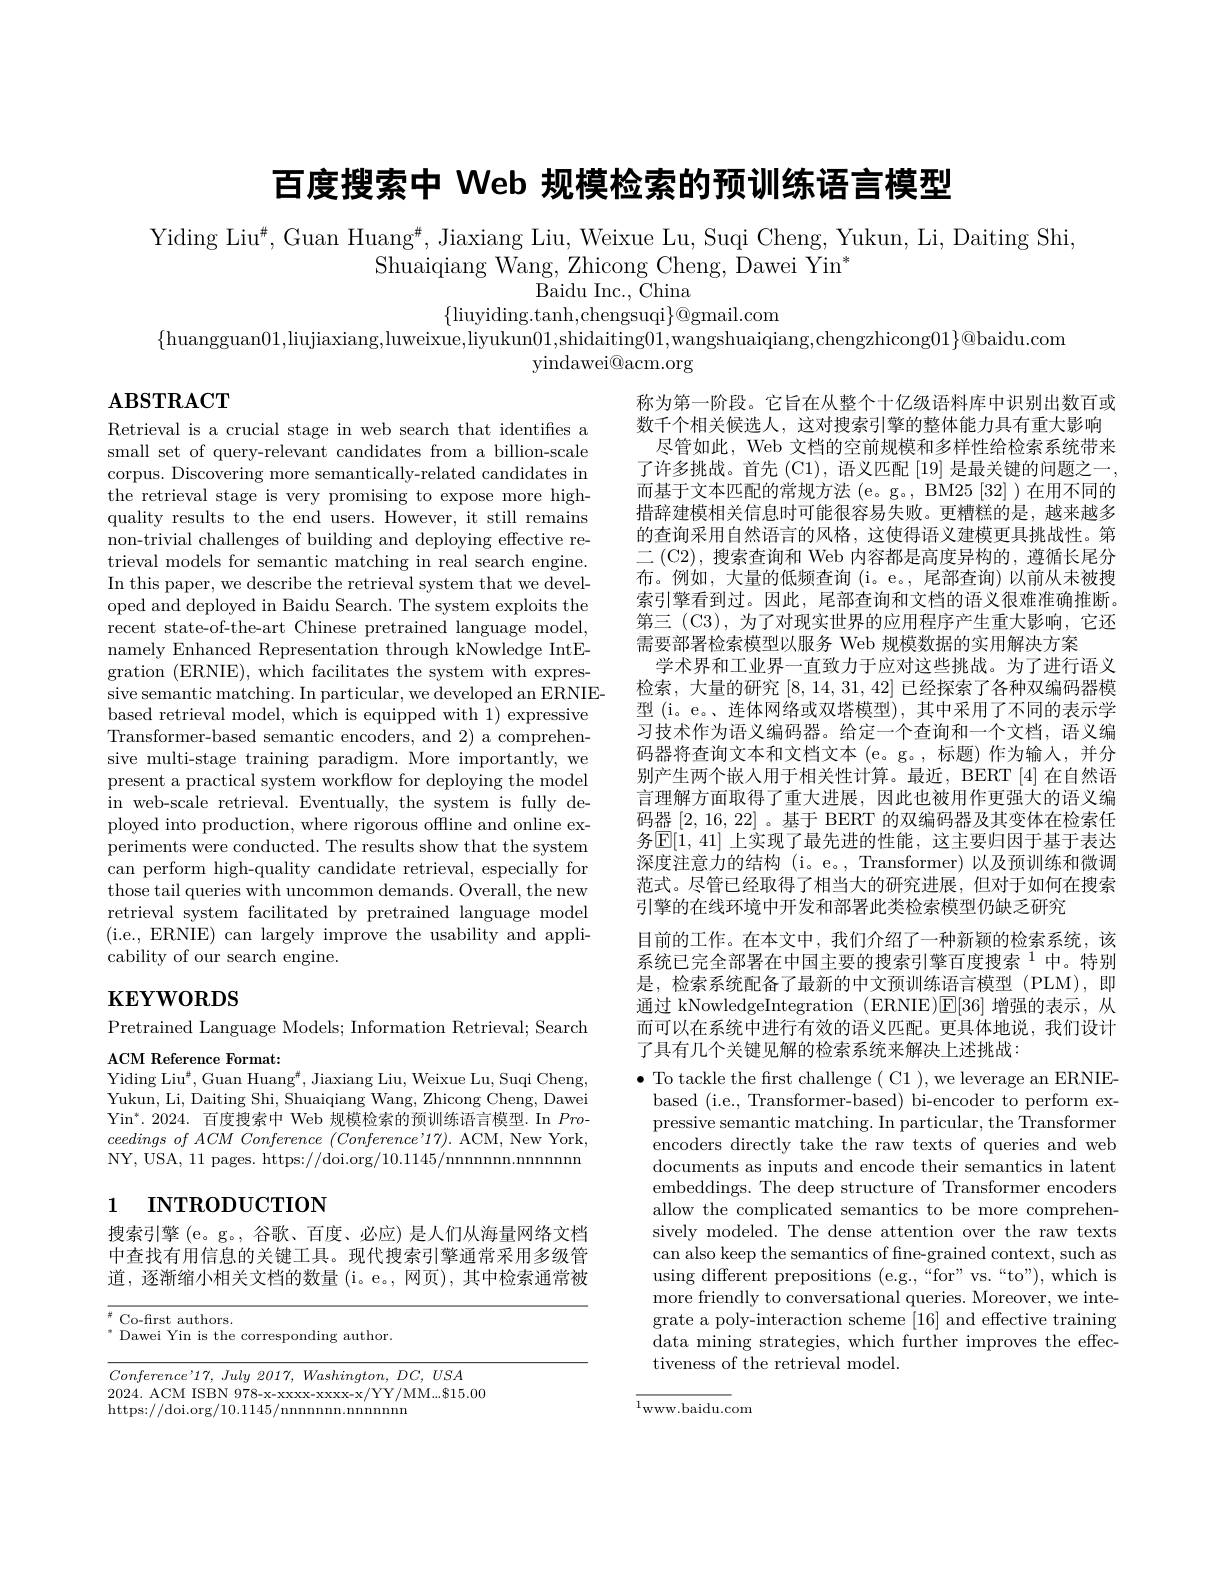
百度搜索中 Web 规模检索的预训练语言模型

Yiding Liu$^{\#}$, Guan Huang$^{\#}$, Jiaxiang Liu, Weixue Lu, Suqi Cheng, Yukun, Li, Daiting Shi,
Shuaiqiang Wang, Zhicong Cheng, Dawei Yin$^*$
Baidu Inc., China

$\{$liuyiding.tanh,chengsuqi$\}@$gmail.com
$\{$huangguan01,liujiaxiang,luweixue,liyukun01,shidaiting01,wangshuaiqiang,chengzhicong$01\}@$baidu.com
yindawei@ acm. org

# $\mathbf{ABSTRACT}$

Retrieval is a crucial stage in web search that identifies a small set of query-relevant candidates from a billion-scale corpus. Discovering more semantically-related candidates in the retrieval stage is very promising to expose more highquality results to the end users. However, it still remains non-trivial challenges of building and deploying effective retrieval models for semantic matching in real search engine. In this paper, we describe the retrieval system that we developed and deployed in Baidu Search. The system exploits the recent state-of-the-art Chinese pretrained language model, namely Enhanced Representation through kNowledge IntEgration (ERNIE), which facilitates the system with expressive semantic matching. In particular, we developed an ERNIEbased retrieval model, which is equipped with 1) expressive Transformer-based semantic encoders, and 2) a comprehensive multi-stage training paradigm. More importantly, we present a practical system workflow for deploying the model in web-scale retrieval. Eventually, the system is fully deployed into production, where rigorous offline and online experiments were conducted. The results show that the system can perform high-quality candidate retrieval, especially for those tail queries with uncommon demands. Overall, the new retrieval system facilitated by pretrained language model (i.e., ERNIE) can largely improve the usability and applicability of our search engine.

称为第一阶段。它旨在从整个十亿级语料库中识别出数百或数千个相关候选人，这对搜索引擎的整体能力具有重大影响
尽管如此，Web 文档的空前规模和多样性给检索系统带来了许多挑战。首先 (C1), 语义匹配 [19] 是最关键的问题之一， 而基于文本匹配的常规方法 (e。g。, BM25 [32] )在用不同的措辞建模相关信息时可能很容易失败。更糟糕的是，越来越多的查询采用自然语言的风格，这使得语义建模更具挑战性。第二 (C2), 搜索查询和 Web 内容都是高度异构的，遵循长尾分布。例如，大量的低频查询 (i。e。,尾部查询) 以前从未被搜索引擎看到过。因此，尾部查询和文档的语义很难准确推断。第三 (C3), 为了对现实世界的应用程序产生重大影响，它还需要部署检索模型以服务 Web 规模数据的实用解决方案
学术界和工业界一直致力于应对这些挑战。为了进行语义检索，大量的研究[8,14,31,42]已经探索了各种双编码器模型 (i。e。、连体网络或双塔模型), 其中采用了不同的表示学习技术作为语义编码器。给定一个查询和一个文档，语义编码器将查询文本和文档文本 (e。g。,标题)作为输入，并分别产生两个嵌人用于相关性计算。最近，BERT [4]在自然语言理解方面取得了重大进展，因此也被用作更强大的语义编码器[2,16,22] 。基于 BERT 的双编码器及其变体在检索任务$\mathbb{E}[1,41]$ 上实现了最先进的性能，这主要归因于基于表达深度注意力的结构 (i。e。, Transformer) 以及预训练和微调范式。尽管已经取得了相当大的研究进展，但对于如何在搜索引擎的在线环境中开发和部署此类检索模型仍缺乏研究
目前的工作。在本文中，我们介绍了一种新颖的检索系统，该系统已完全部署在中国主要的搜索引擎百度搜索$^{1}$中。特别是，检索系统配备了最新的中文预训练语言模型(PLM),即通过 kNowledgeIntegration (ERNIE)$\overline {\mathrm{E} }$[ 36] 增强的表示，从而可以在系统中进行有效的语义匹配。更具体地说，我们设计

# $\mathbf{KEYWORDS}$

Pretrained Language Models; Information Retrieval; Search
ACM Reference Format:

了具有几个关键见解的检索系统来解决上述挑战：

Yiding Liu$^\#$, Guan Huang$^\#$, Jiaxiang Liu, Weixue Lu, Suqi Cheng, Yukun, Li, Daiting Shi, Shuaiqiang Wang, Zhicong Cheng, Dawei Yi$n^{* }$. 2024. 百度搜索中 Web 规模检索的预训练语言模型.In Pro- $ceedings~of~ACM~Conference~(Conference~'17).~$ACM, New York, NY, USA, 11 pages. https: / / doi. org/ 10. 1145/ nnnnnn. nnnnnn

# 1 INTRODUCTION

$\bullet$ To tackle the first challenge ( C1 ), we leverage an ERNIEbased (i.e., Transformer-based) bi-encoder to perform expressive semantic matching. In particular, the Transformer encoders directly take the raw texts of queries and web documents as inputs and encode their semantics in latent embeddings. The deep structure of Transformer encoders allow the complicated semantics to be more comprehensively modeled. The dense attention over the raw texts can also keep the semantics of fne-grained context, such as using different prepositions (e.g.,“for”vs.“to”), which is more friendly to conversational queries. Moreover, we integrate a poly-interaction scheme [16] and effective training data mining strategies, which further improves the effectiveness of the retrieval model.

搜索引擎 (e。g。, 谷歌、百度、必应) 是人们从海量网络文档中查找有用信息的关键工具。现代搜索引擎通常采用多级管道，逐渐缩小相关文档的数量(i。e。,网页),其中检索通常被

$\begin{array}{cc}{\#}&{\mathrm{Co-first~authors.}}\\{*}&{\mathrm{D}}\end{array}$
$^{*}$ Dawei Yin is the corresponding author.

$Conference’ 17$, July 2017, $Washington$, $DC$, $USA$
2024. ACM ISBN 978-x-xxxxx-xxxx-x/YY/MM...$15.00
https://doi.org/10.1145/nnnnnn.nnnnnn

$^{1}$www.baidu.com